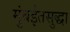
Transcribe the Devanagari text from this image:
मुंबईतसुद्धा